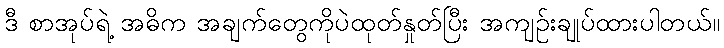
ဒီ စာအုပ်ရဲ့ အဓိက အချက်တွေကိုပဲထုတ်နှုတ်ပြီး အကျဉ်းချုပ်ထားပါတယ်။